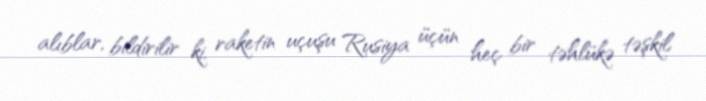
alıblar, bildirilir ki, raketin uçuşu Rusiya üçün heç bir təhlükə təşkil